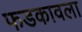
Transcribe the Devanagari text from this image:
फडकावला